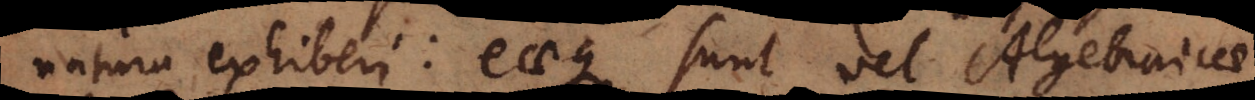
natura exhiberi: eaeque sunt vel Algebraicae